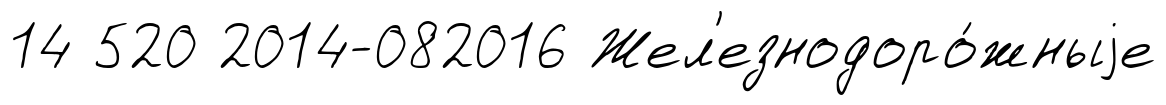
14 520 2014-082016 Жел'езнодоро́жныjе